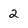
Character: 2